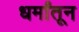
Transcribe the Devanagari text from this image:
धर्मांतून